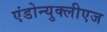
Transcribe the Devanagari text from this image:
एंडोन्युक्लीएज